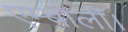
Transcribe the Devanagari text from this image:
एम्बोली।